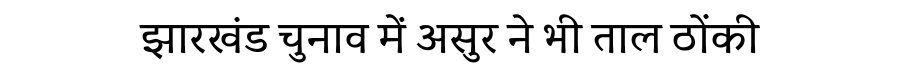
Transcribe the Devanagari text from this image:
झारखंड चुनाव में असुर ने भी ताल ठोंकी